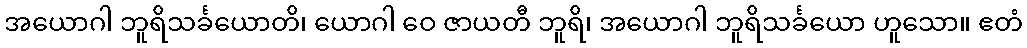
အယောဂါ ဘူရိသင်္ခယောတိ၊ ယောဂါ ဝေ ဇာယတီ ဘူရိ၊ အယောဂါ ဘူရိသင်္ခယော ဟူသော။ ဧတံ